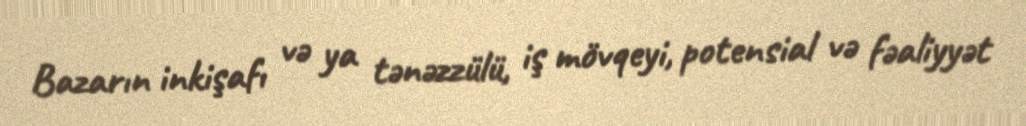
Bazarın inkişafı və ya tənəzzülü, iş mövqeyi, potensial və fəaliyyət